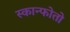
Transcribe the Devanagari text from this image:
स्कान्फोतो